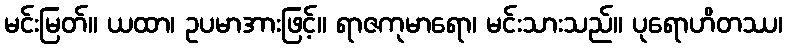
မင်းမြတ်။ ယထာ၊ ဥပမာအားဖြင့်။ ရာဇကုမာရော၊ မင်းသားသည်။ ပုရောဟိတဿ၊